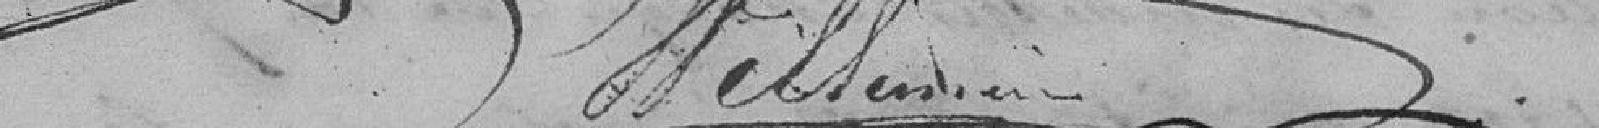
Hellmann ?